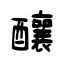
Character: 釀